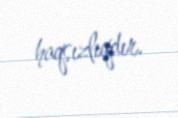
haqsızlıqdır.